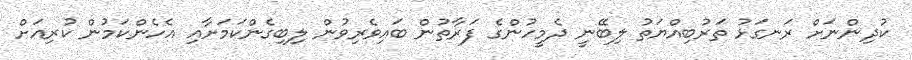
ކުދިންނަށް ރަނގަޅު ތަރުބިއްޔަތު ލިބޭނީ ދެމީހުންގެ ފަރާތުން ބައިވެރިވުން ލިބިގެންކަމަށާއި އެހެންކަމުން ކުރިއަށް